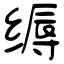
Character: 缛